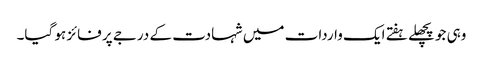
وہی جو پچھلے ہفتے ایک واردات میں شہادت کے درجے پر فائز ہو گیا۔